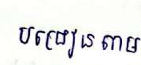
បង្រៀនតាម